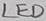
Text: LED